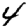
Digit: 4